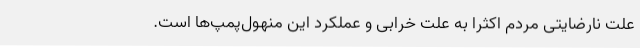
علت نارضایتی مردم اکثرا به علت خرابی و عملکرد این منهول‌پمپ‌ها است.